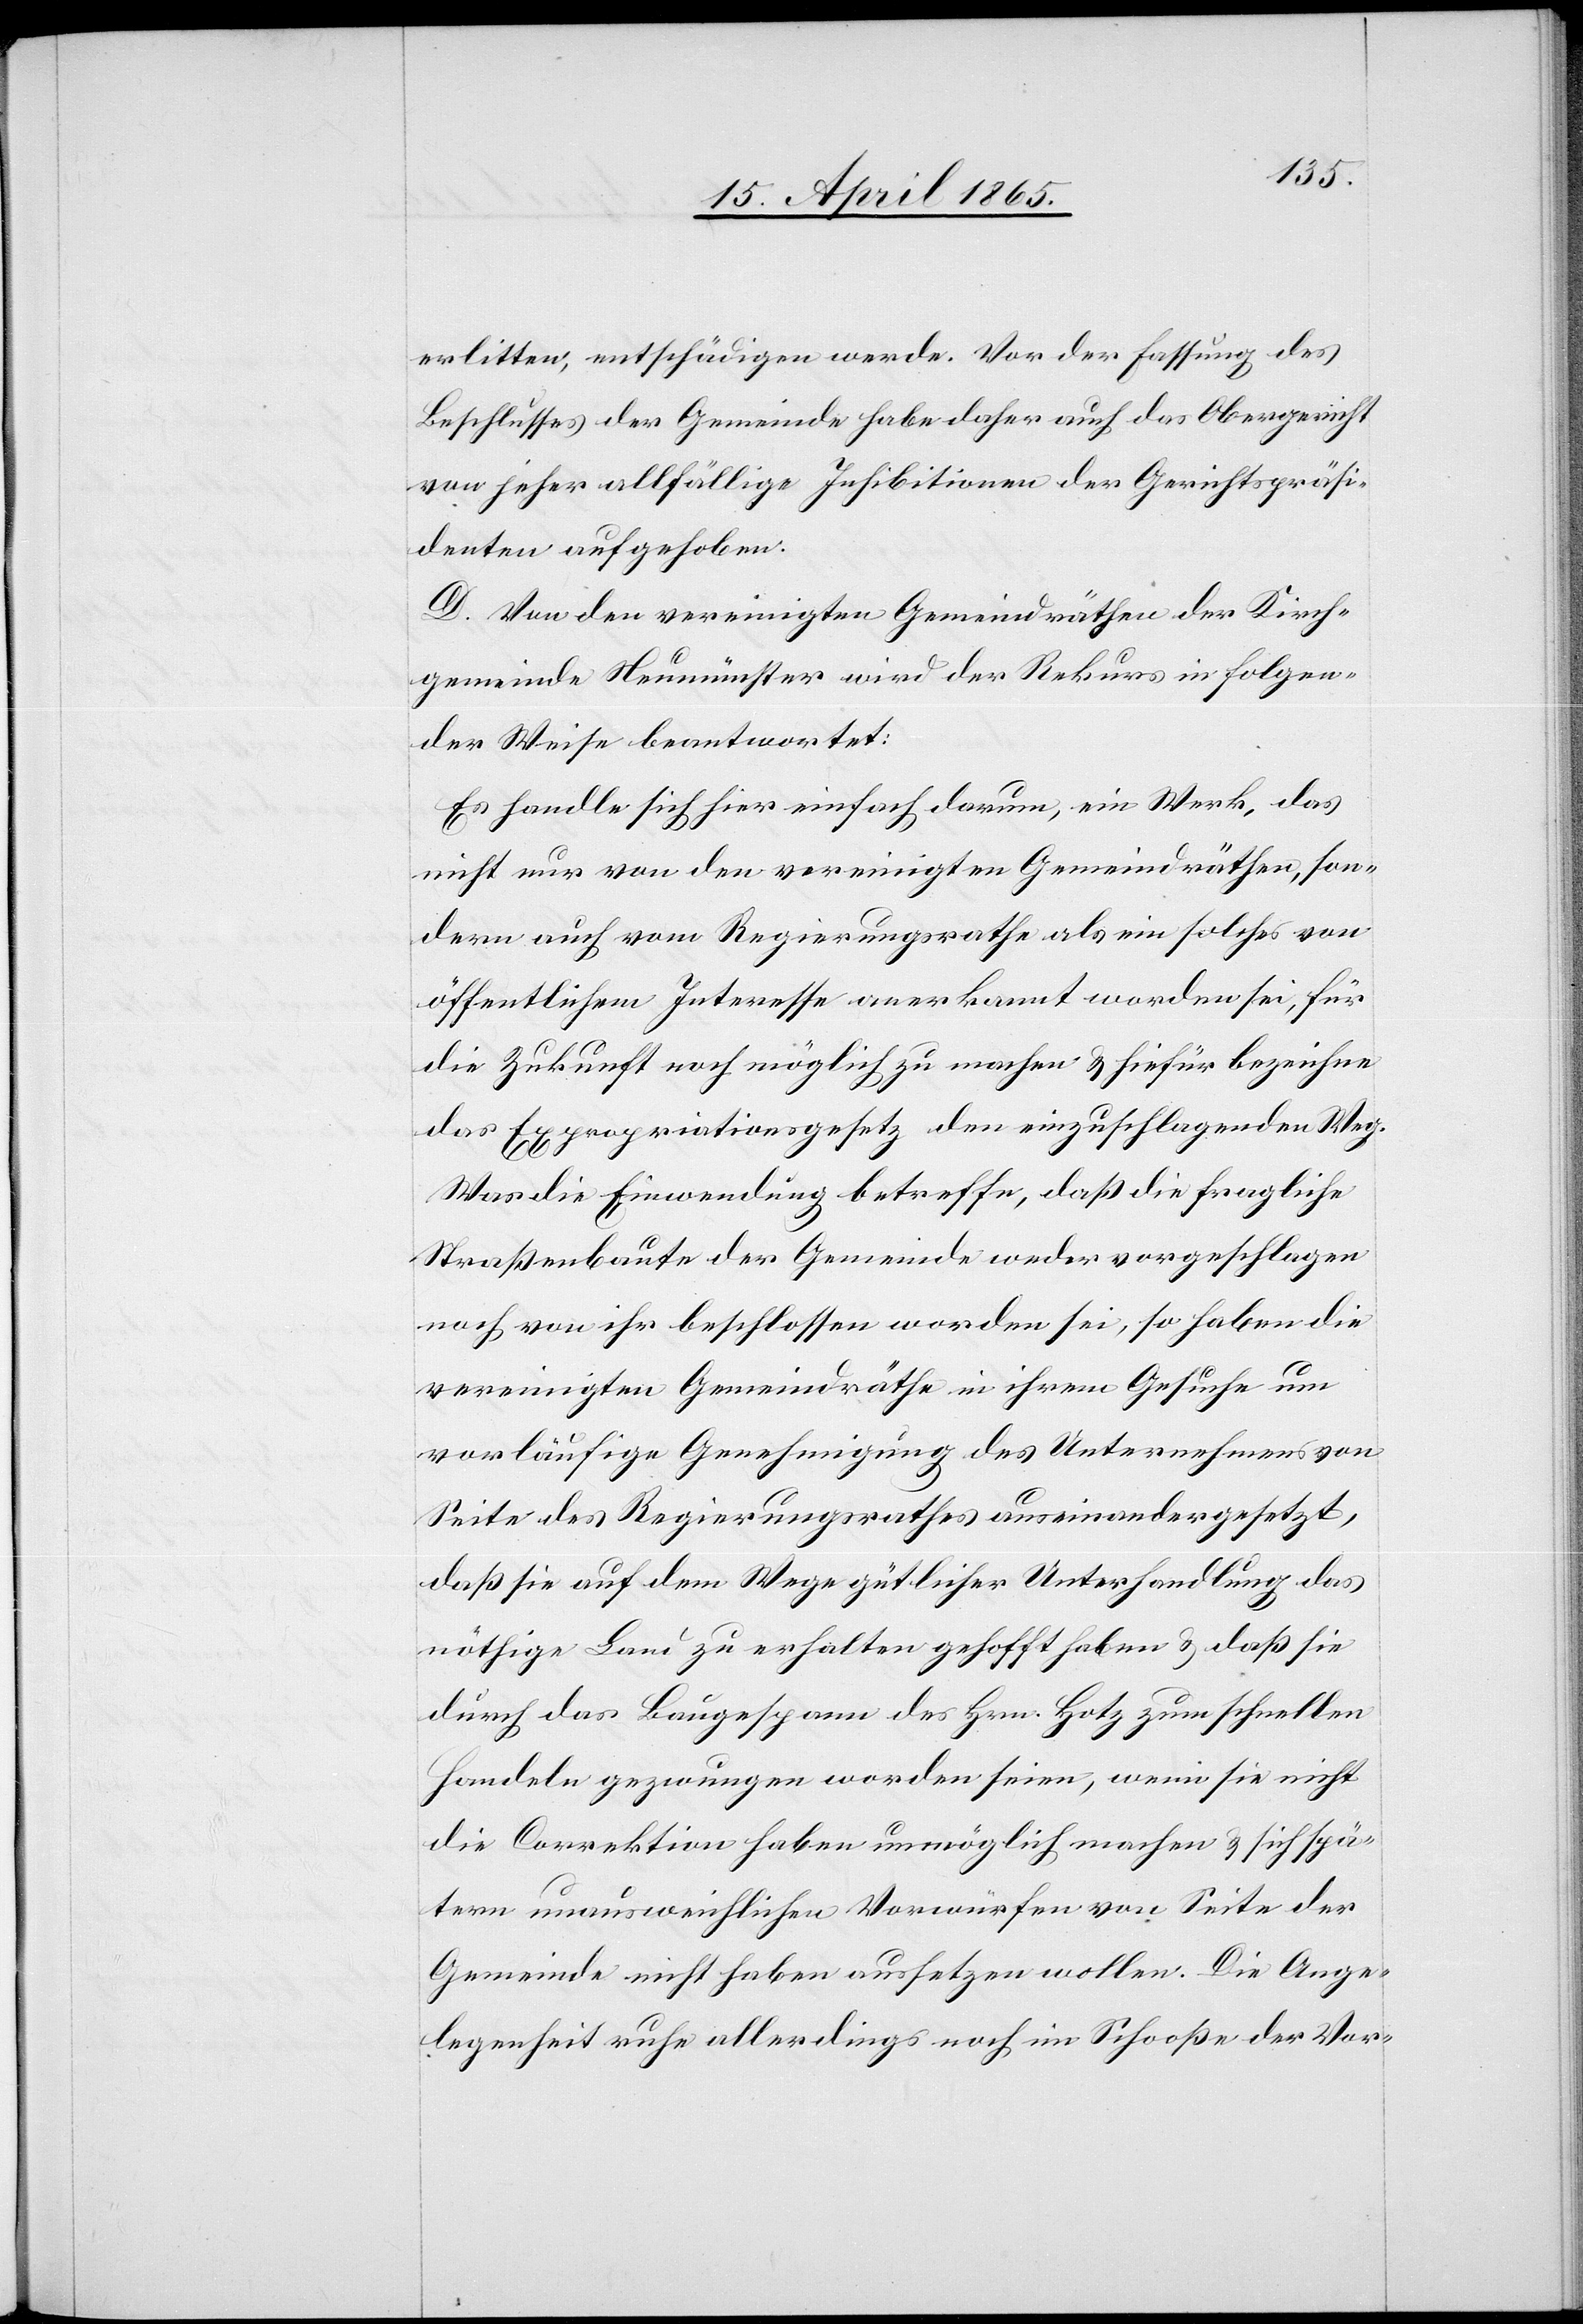
erlitten, entschädigen werde. Vor der Fassung des
Beschlusses der Gemeinde habe daher auch das Obergericht
von jeher allfällige Inhibitionen der Gerichtspräsi¬
denten aufgehoben.
D. Von den vereinigten Gemeindräthen der Kirch¬
gemeinde Neumünster wird der Rekurs in folgen¬
der Weise beantwortet:
Es handle sich hier einfach darum, ein Werk, das
nicht nur von den vereinigten Gemeindräthen, son¬
dern auch vom Regierungsrathe als ein solches von
öffentlichem Interesse anerkannt worden sei, für
die Zukunft noch möglich zu machen & hiefür bezeichne
das Expropriationsgesetz den einzuschlagenden Weg.
Was die Einwendung betreffe, daß die fragliche
Straßenbaute der Gemeinde weder vorgeschlagen
noch von ihr beschlossen worden sei, so haben die
vereinigten Gemeindräthe in ihrem Gesuche um
vorläufige Genehmigung des Unternehmens von
Seite des Regierungsrathes auseinandergesetzt,
daß sie auf dem Wege gütlicher Unterhandlung das
nöthige Land zu erhalten gehofft haben & daß sie
durch das Baugespann des Hrn. Hotz zum schnellen
Handeln gezwungen worden seien, wenn sie nicht
die Correktion haben unmöglich machen & sich spä¬
tern unausweichlichen Vorwürfen von Seite der
Gemeinde nicht haben aussetzen wollen. Die Ange¬
legenheit ruhe allerdings noch im Schooße der Vor-